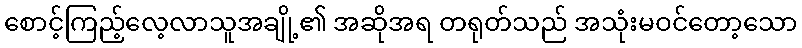
စောင့်ကြည့်လေ့လာသူအချို့၏ အဆိုအရ တရုတ်သည် အသုံးမဝင်တော့သော